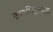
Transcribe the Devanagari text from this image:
कामगिरीकरता